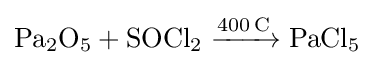
{\ce {Pa2O5 + SOCl2 ->[400C] PaCl5}}